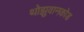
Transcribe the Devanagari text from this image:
थोझुवानकोड